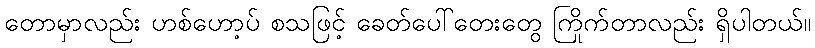
တောမှာလည်း ဟစ်ဟော့ပ် စသဖြင့် ခေတ်ပေါ်တေးတွေ ကြိုက်တာလည်း ရှိပါတယ်။